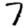
Digit: 7